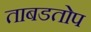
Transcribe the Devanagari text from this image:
ताबडतोप